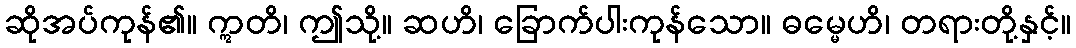
ဆိုအပ်ကုန်၏။ ဣတိ၊ ဤသို့။ ဆဟိ၊ ခြောက်ပါးကုန်သော။ ဓမ္မေဟိ၊ တရားတို့နှင့်။